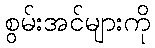
စွမ်းအင်များကို